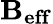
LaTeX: \mathbf{B_{eff}}